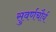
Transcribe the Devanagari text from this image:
सुवर्णचौर्य